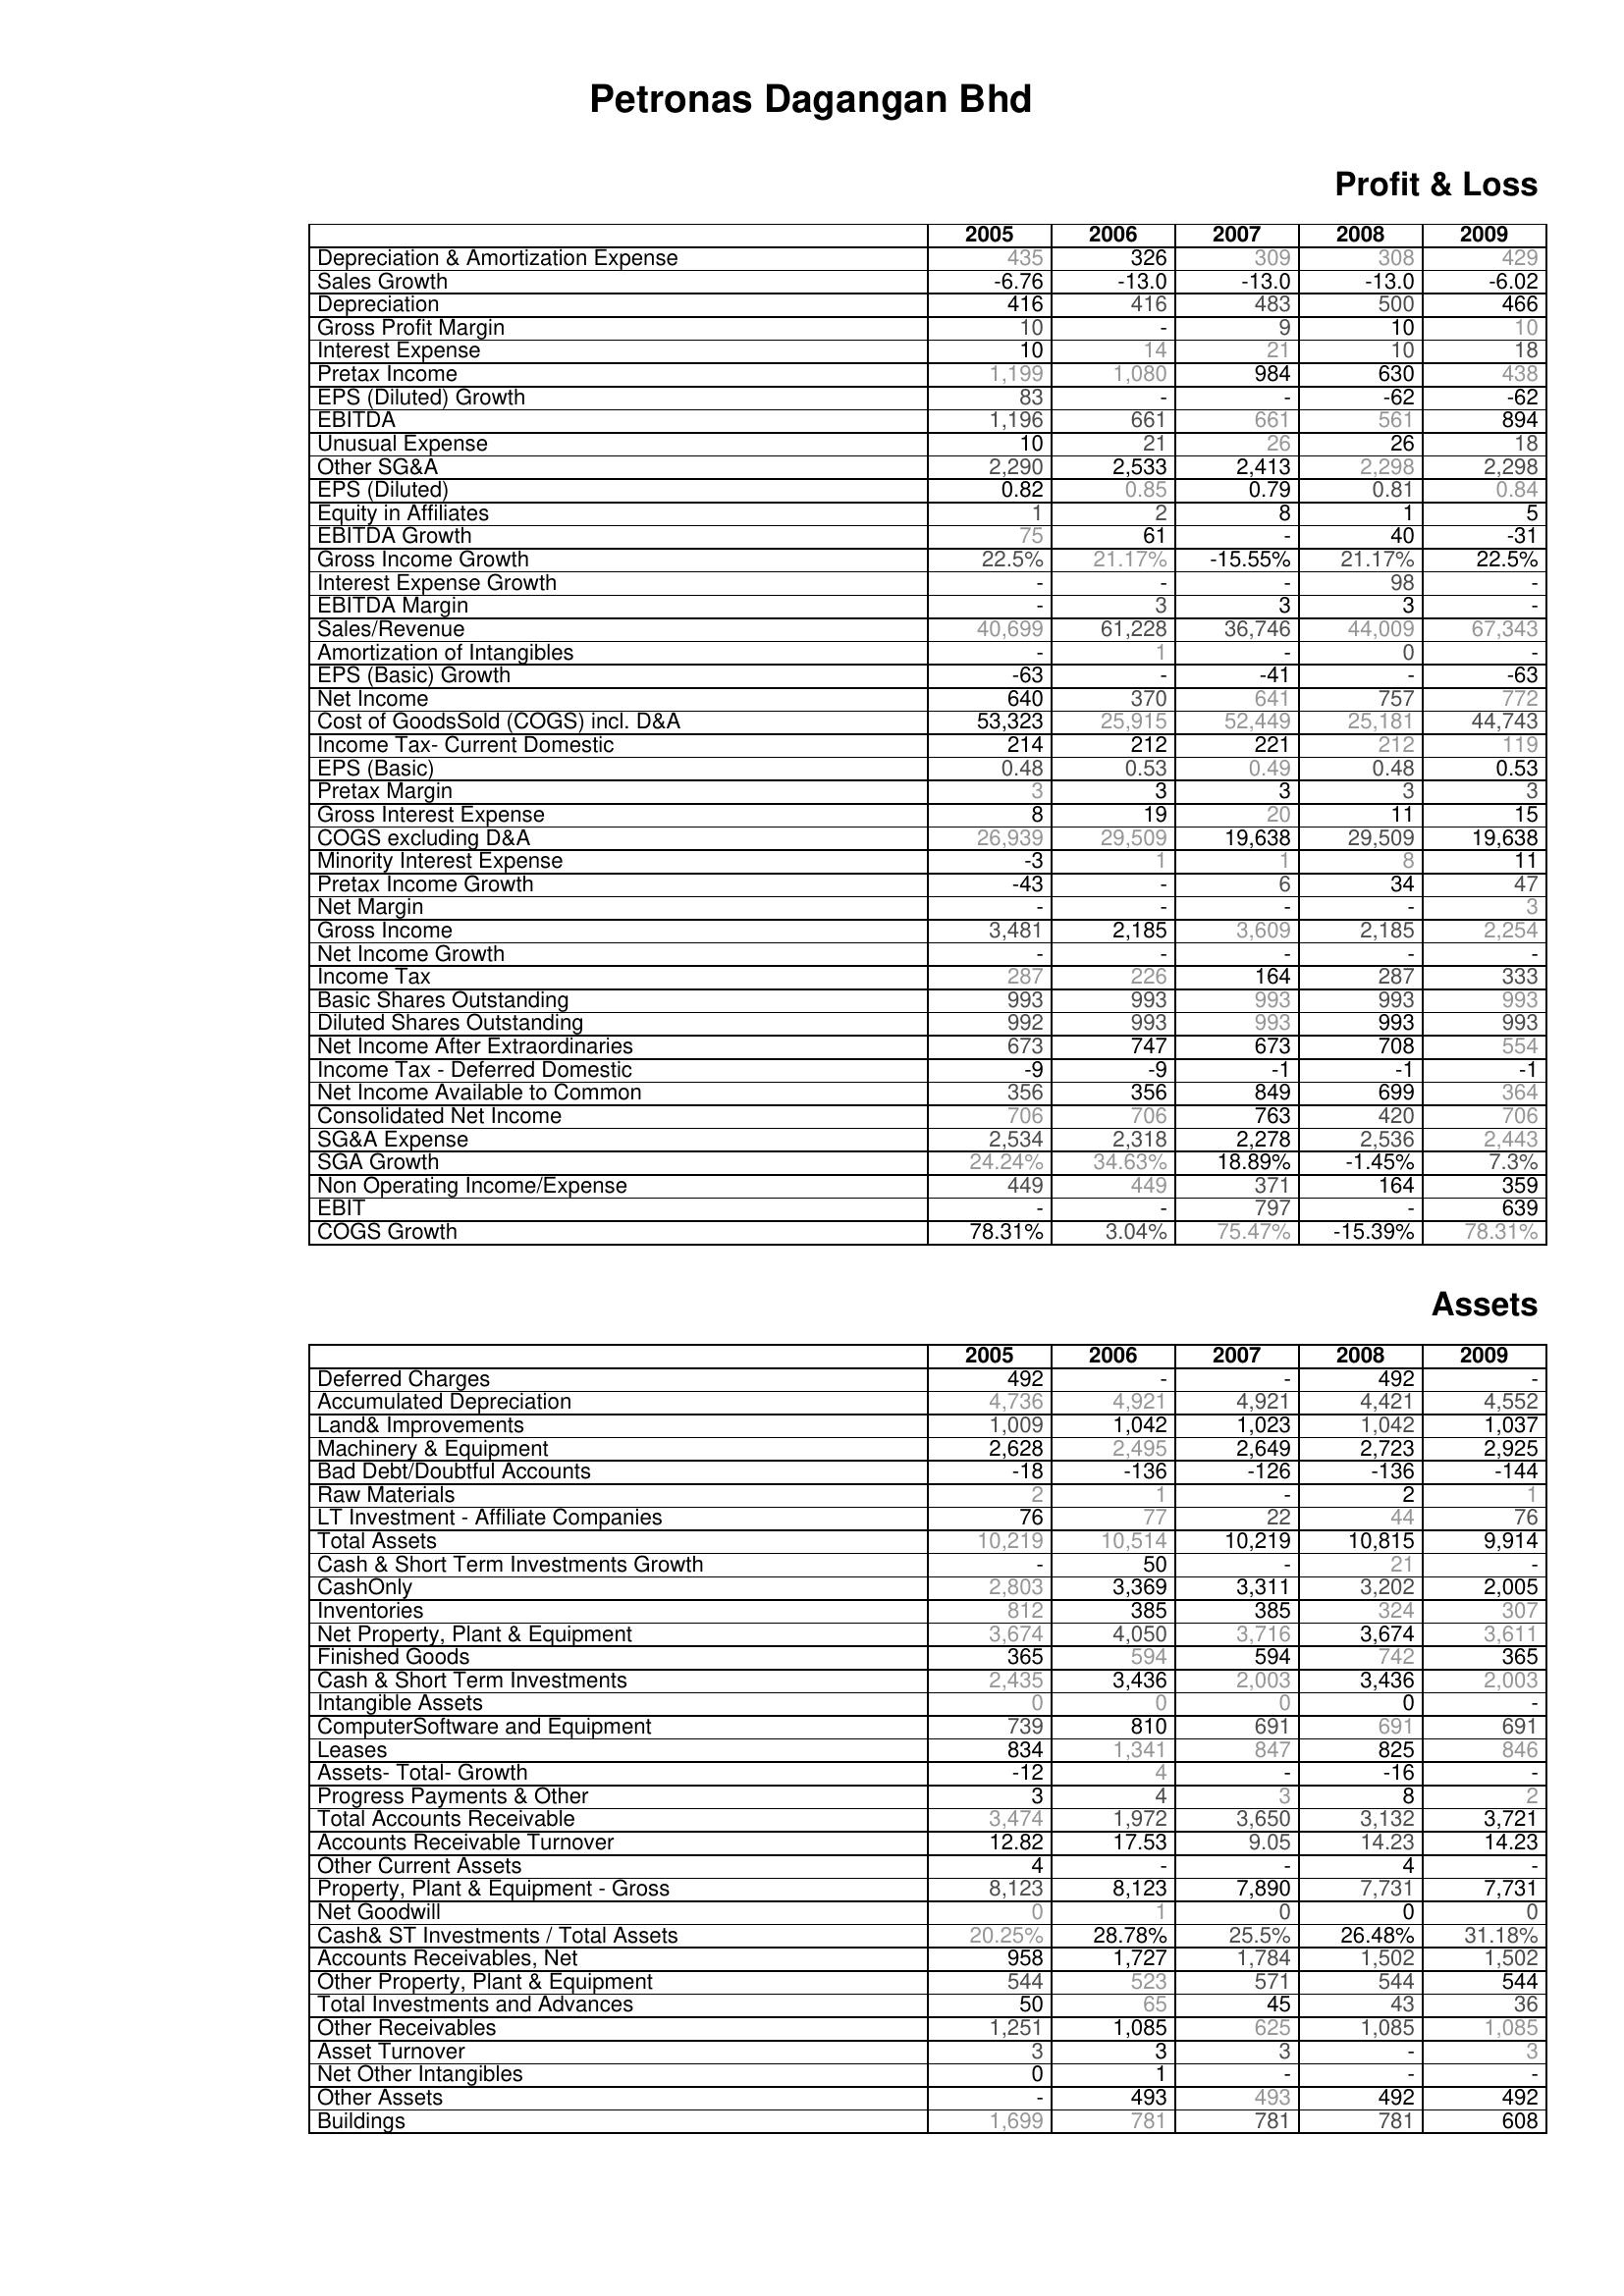
2005: Profit & Loss: Depreciation & Amortization Expense: 435
Sales Growth: -6.76
Depreciation: 416
Gross Profit Margin: 10
Interest Expense: 10
Pretax Income: 1,199
EPS (Diluted) Growth: 83
EBITDA: 1,196
Unusual Expense: 10
Other SG&A: 2,290
EPS (Diluted): 0.82
Equity in Affiliates: 1
EBITDA Growth: 75
Gross Income Growth: 22.5%
Interest Expense Growth: -
EBITDA Margin: -
Sales/Revenue: 40,699
Amortization of Intangibles: -
EPS (Basic) Growth: -63
Net Income: 640
Cost of GoodsSold (COGS) incl. D&A: 53,323
Income Tax- Current Domestic: 214
EPS (Basic): 0.48
Pretax Margin: 3
Gross Interest Expense: 8
COGS excluding D&A: 26,939
Minority Interest Expense: -3
Pretax Income Growth: -43
Net Margin: -
Gross Income: 3,481
Net Income Growth: -
Income Tax: 287
Basic Shares Outstanding: 993
Diluted Shares Outstanding: 992
Net Income After Extraordinaries: 673
Income Tax - Deferred Domestic: -9
Net Income Available to Common: 356
Consolidated Net Income: 706
SG&A Expense: 2,534
SGA Growth: 24.24%
Non Operating Income/Expense: 449
EBIT: -
COGS Growth: 78.31%
Assets: Deferred Charges: 492
Accumulated Depreciation: 4,736
Land& Improvements: 1,009
Machinery & Equipment: 2,628
Bad Debt/Doubtful Accounts: -18
Raw Materials: 2
LT Investment - Affiliate Companies: 76
Total Assets: 10,219
Cash & Short Term Investments Growth: -
CashOnly: 2,803
Inventories: 812
Net Property, Plant & Equipment: 3,674
Finished Goods: 365
Cash & Short Term Investments: 2,435
Intangible Assets: 0
ComputerSoftware and Equipment: 739
Leases: 834
Assets- Total- Growth: -12
Progress Payments & Other: 3
Total Accounts Receivable: 3,474
Accounts Receivable Turnover: 12.82
Other Current Assets: 4
Property, Plant & Equipment - Gross : 8,123
Net Goodwill: 0
Cash& ST Investments / Total Assets: 20.25%
Accounts Receivables, Net: 958
Other Property, Plant & Equipment: 544
Total Investments and Advances: 50
Other Receivables: 1,251
Asset Turnover: 3
Net Other Intangibles: 0
Other Assets: -
Buildings: 1,699
2006: Profit & Loss: Depreciation & Amortization Expense: 326
Sales Growth: -13.0
Depreciation: 416
Gross Profit Margin: -
Interest Expense: 14
Pretax Income: 1,080
EPS (Diluted) Growth: -
EBITDA: 661
Unusual Expense: 21
Other SG&A: 2,533
EPS (Diluted): 0.85
Equity in Affiliates: 2
EBITDA Growth: 61
Gross Income Growth: 21.17%
Interest Expense Growth: -
EBITDA Margin: 3
Sales/Revenue: 61,228
Amortization of Intangibles: 1
EPS (Basic) Growth: -
Net Income: 370
Cost of GoodsSold (COGS) incl. D&A: 25,915
Income Tax- Current Domestic: 212
EPS (Basic): 0.53
Pretax Margin: 3
Gross Interest Expense: 19
COGS excluding D&A: 29,509
Minority Interest Expense: 1
Pretax Income Growth: -
Net Margin: -
Gross Income: 2,185
Net Income Growth: -
Income Tax: 226
Basic Shares Outstanding: 993
Diluted Shares Outstanding: 993
Net Income After Extraordinaries: 747
Income Tax - Deferred Domestic: -9
Net Income Available to Common: 356
Consolidated Net Income: 706
SG&A Expense: 2,318
SGA Growth: 34.63%
Non Operating Income/Expense: 449
EBIT: -
COGS Growth: 3.04%
Assets: Deferred Charges: -
Accumulated Depreciation: 4,921
Land& Improvements: 1,042
Machinery & Equipment: 2,495
Bad Debt/Doubtful Accounts: -136
Raw Materials: 1
LT Investment - Affiliate Companies: 77
Total Assets: 10,514
Cash & Short Term Investments Growth: 50
CashOnly: 3,369
Inventories: 385
Net Property, Plant & Equipment: 4,050
Finished Goods: 594
Cash & Short Term Investments: 3,436
Intangible Assets: 0
ComputerSoftware and Equipment: 810
Leases: 1,341
Assets- Total- Growth: 4
Progress Payments & Other: 4
Total Accounts Receivable: 1,972
Accounts Receivable Turnover: 17.53
Other Current Assets: -
Property, Plant & Equipment - Gross : 8,123
Net Goodwill: 1
Cash& ST Investments / Total Assets: 28.78%
Accounts Receivables, Net: 1,727
Other Property, Plant & Equipment: 523
Total Investments and Advances: 65
Other Receivables: 1,085
Asset Turnover: 3
Net Other Intangibles: 1
Other Assets: 493
Buildings: 781
2007: Profit & Loss: Depreciation & Amortization Expense: 309
Sales Growth: -13.0
Depreciation: 483
Gross Profit Margin: 9
Interest Expense: 21
Pretax Income: 984
EPS (Diluted) Growth: -
EBITDA: 661
Unusual Expense: 26
Other SG&A: 2,413
EPS (Diluted): 0.79
Equity in Affiliates: 8
EBITDA Growth: -
Gross Income Growth: -15.55%
Interest Expense Growth: -
EBITDA Margin: 3
Sales/Revenue: 36,746
Amortization of Intangibles: -
EPS (Basic) Growth: -41
Net Income: 641
Cost of GoodsSold (COGS) incl. D&A: 52,449
Income Tax- Current Domestic: 221
EPS (Basic): 0.49
Pretax Margin: 3
Gross Interest Expense: 20
COGS excluding D&A: 19,638
Minority Interest Expense: 1
Pretax Income Growth: 6
Net Margin: -
Gross Income: 3,609
Net Income Growth: -
Income Tax: 164
Basic Shares Outstanding: 993
Diluted Shares Outstanding: 993
Net Income After Extraordinaries: 673
Income Tax - Deferred Domestic: -1
Net Income Available to Common: 849
Consolidated Net Income: 763
SG&A Expense: 2,278
SGA Growth: 18.89%
Non Operating Income/Expense: 371
EBIT: 797
COGS Growth: 75.47%
Assets: Deferred Charges: -
Accumulated Depreciation: 4,921
Land& Improvements: 1,023
Machinery & Equipment: 2,649
Bad Debt/Doubtful Accounts: -126
Raw Materials: -
LT Investment - Affiliate Companies: 22
Total Assets: 10,219
Cash & Short Term Investments Growth: -
CashOnly: 3,311
Inventories: 385
Net Property, Plant & Equipment: 3,716
Finished Goods: 594
Cash & Short Term Investments: 2,003
Intangible Assets: 0
ComputerSoftware and Equipment: 691
Leases: 847
Assets- Total- Growth: -
Progress Payments & Other: 3
Total Accounts Receivable: 3,650
Accounts Receivable Turnover: 9.05
Other Current Assets: -
Property, Plant & Equipment - Gross : 7,890
Net Goodwill: 0
Cash& ST Investments / Total Assets: 25.5%
Accounts Receivables, Net: 1,784
Other Property, Plant & Equipment: 571
Total Investments and Advances: 45
Other Receivables: 625
Asset Turnover: 3
Net Other Intangibles: -
Other Assets: 493
Buildings: 781
2008: Profit & Loss: Depreciation & Amortization Expense: 308
Sales Growth: -13.0
Depreciation: 500
Gross Profit Margin: 10
Interest Expense: 10
Pretax Income: 630
EPS (Diluted) Growth: -62
EBITDA: 561
Unusual Expense: 26
Other SG&A: 2,298
EPS (Diluted): 0.81
Equity in Affiliates: 1
EBITDA Growth: 40
Gross Income Growth: 21.17%
Interest Expense Growth: 98
EBITDA Margin: 3
Sales/Revenue: 44,009
Amortization of Intangibles: 0
EPS (Basic) Growth: -
Net Income: 757
Cost of GoodsSold (COGS) incl. D&A: 25,181
Income Tax- Current Domestic: 212
EPS (Basic): 0.48
Pretax Margin: 3
Gross Interest Expense: 11
COGS excluding D&A: 29,509
Minority Interest Expense: 8
Pretax Income Growth: 34
Net Margin: -
Gross Income: 2,185
Net Income Growth: -
Income Tax: 287
Basic Shares Outstanding: 993
Diluted Shares Outstanding: 993
Net Income After Extraordinaries: 708
Income Tax - Deferred Domestic: -1
Net Income Available to Common: 699
Consolidated Net Income: 420
SG&A Expense: 2,536
SGA Growth: -1.45%
Non Operating Income/Expense: 164
EBIT: -
COGS Growth: -15.39%
Assets: Deferred Charges: 492
Accumulated Depreciation: 4,421
Land& Improvements: 1,042
Machinery & Equipment: 2,723
Bad Debt/Doubtful Accounts: -136
Raw Materials: 2
LT Investment - Affiliate Companies: 44
Total Assets: 10,815
Cash & Short Term Investments Growth: 21
CashOnly: 3,202
Inventories: 324
Net Property, Plant & Equipment: 3,674
Finished Goods: 742
Cash & Short Term Investments: 3,436
Intangible Assets: 0
ComputerSoftware and Equipment: 691
Leases: 825
Assets- Total- Growth: -16
Progress Payments & Other: 8
Total Accounts Receivable: 3,132
Accounts Receivable Turnover: 14.23
Other Current Assets: 4
Property, Plant & Equipment - Gross : 7,731
Net Goodwill: 0
Cash& ST Investments / Total Assets: 26.48%
Accounts Receivables, Net: 1,502
Other Property, Plant & Equipment: 544
Total Investments and Advances: 43
Other Receivables: 1,085
Asset Turnover: -
Net Other Intangibles: -
Other Assets: 492
Buildings: 781
2009: Profit & Loss: Depreciation & Amortization Expense: 429
Sales Growth: -6.02
Depreciation: 466
Gross Profit Margin: 10
Interest Expense: 18
Pretax Income: 438
EPS (Diluted) Growth: -62
EBITDA: 894
Unusual Expense: 18
Other SG&A: 2,298
EPS (Diluted): 0.84
Equity in Affiliates: 5
EBITDA Growth: -31
Gross Income Growth: 22.5%
Interest Expense Growth: -
EBITDA Margin: -
Sales/Revenue: 67,343
Amortization of Intangibles: -
EPS (Basic) Growth: -63
Net Income: 772
Cost of GoodsSold (COGS) incl. D&A: 44,743
Income Tax- Current Domestic: 119
EPS (Basic): 0.53
Pretax Margin: 3
Gross Interest Expense: 15
COGS excluding D&A: 19,638
Minority Interest Expense: 11
Pretax Income Growth: 47
Net Margin: 3
Gross Income: 2,254
Net Income Growth: -
Income Tax: 333
Basic Shares Outstanding: 993
Diluted Shares Outstanding: 993
Net Income After Extraordinaries: 554
Income Tax - Deferred Domestic: -1
Net Income Available to Common: 364
Consolidated Net Income: 706
SG&A Expense: 2,443
SGA Growth: 7.3%
Non Operating Income/Expense: 359
EBIT: 639
COGS Growth: 78.31%
Assets: Deferred Charges: -
Accumulated Depreciation: 4,552
Land& Improvements: 1,037
Machinery & Equipment: 2,925
Bad Debt/Doubtful Accounts: -144
Raw Materials: 1
LT Investment - Affiliate Companies: 76
Total Assets: 9,914
Cash & Short Term Investments Growth: -
CashOnly: 2,005
Inventories: 307
Net Property, Plant & Equipment: 3,611
Finished Goods: 365
Cash & Short Term Investments: 2,003
Intangible Assets: -
ComputerSoftware and Equipment: 691
Leases: 846
Assets- Total- Growth: -
Progress Payments & Other: 2
Total Accounts Receivable: 3,721
Accounts Receivable Turnover: 14.23
Other Current Assets: -
Property, Plant & Equipment - Gross : 7,731
Net Goodwill: 0
Cash& ST Investments / Total Assets: 31.18%
Accounts Receivables, Net: 1,502
Other Property, Plant & Equipment: 544
Total Investments and Advances: 36
Other Receivables: 1,085
Asset Turnover: 3
Net Other Intangibles: -
Other Assets: 492
Buildings: 608